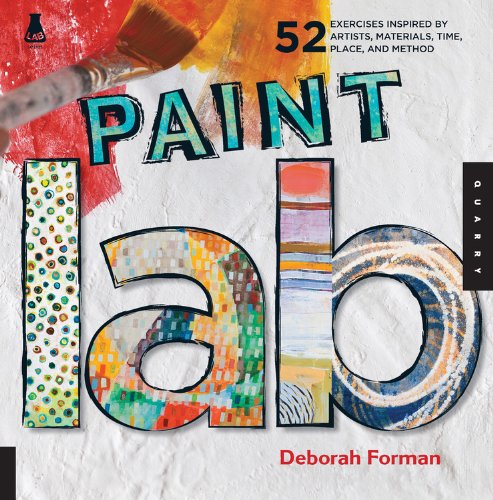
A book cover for Paint Lab: 52 Exercises inspired by Artists, Materials, Time, Place, and Method (Lab Series); Deborah Forman; Arts & Photography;